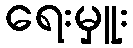
ရေးမှူး